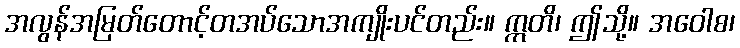
အလွန်အမြတ်တောင့်တအပ်သောအကျိုးပင်တည်း။ ဣတိ၊ ဤသို့။ အဝေါစ၊